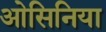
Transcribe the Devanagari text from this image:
ओसिनिया